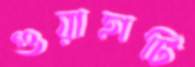
গুয়াহাটি